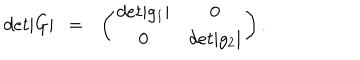
LaTeX: d e t | G | ~ ~ = ~ ~ \left( \begin{matrix} { { d e t | g _ { 1 } | } } & { { 0 } } \\ { { 0 } } & { { d e t | g _ { 2 } | } } \\ \end{matrix} \right) .